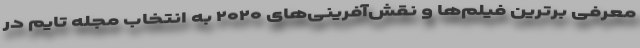
معرفی برترین فیلم‌ها و نقش‌آفرینی‌های ۲۰۲۰ به انتخاب مجله تایم در